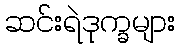
ဆင်းရဲဒုက္ခများ